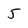
Character: 5